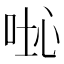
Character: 𠴤